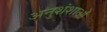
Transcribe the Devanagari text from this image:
अनुशंशाओं